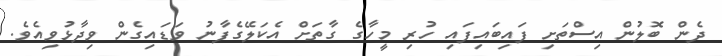
ދެން ބޮލުން އިސްތަށި ފައިބައިފައި ހުރި މީހާގެ ގާތަށް އެކަލޭގެފާނު ވަޑައިގެން ވިދާޅުވިއެވެ.